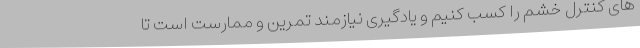
های کنترل خشم را کسب کنیم و یادگیری نیازمند تمرین و ممارست است تا